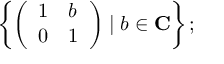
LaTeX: \left\{ { \left( \begin{array} { l l } { 1 } & { b } \\ { 0 } & { 1 } \end{array} \right) } \mid b \in \mathbf { C } \right\} ;